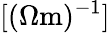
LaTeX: [(\Omega\mathrm{m})^{-1}]